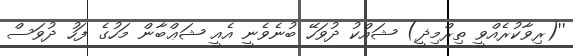
''(ރިވާކުރެއްވީ ތިރްމިޛީ) ޝައްކު ދުވަހޭ ބުނެވެނީ އެއީ ޝަޢްބާން މަހުގެ ފަހު ދުވަސް